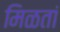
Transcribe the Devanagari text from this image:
मिळतां